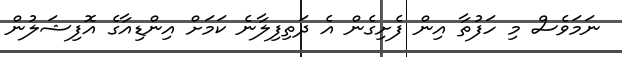
ނަމަވެސް މި ހަފުތާ އިން ފެށިގެން އެ ދަތިފިލާނެ ކަމަށް އިންޑިއާގެ އޮފިޝަލުން